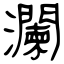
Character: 瀾